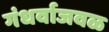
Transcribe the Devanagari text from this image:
गंधर्वाजवळ